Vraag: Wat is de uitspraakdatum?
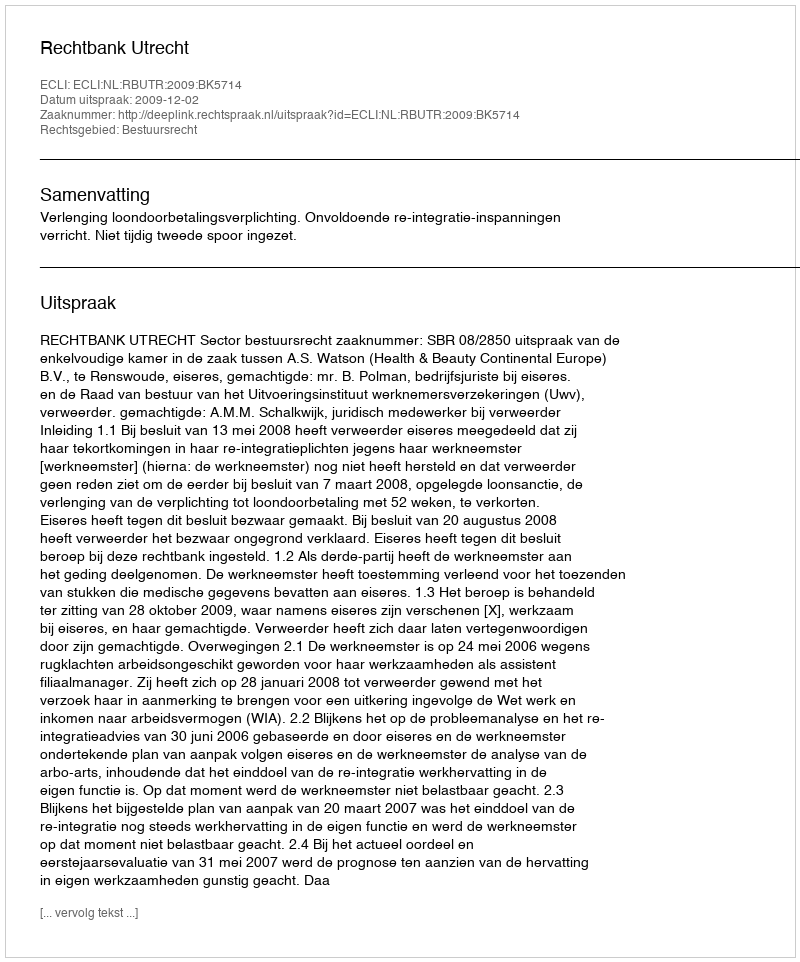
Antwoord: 2009-12-02